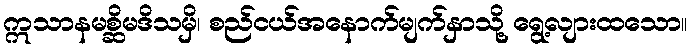
ဣသာနမစ္ဆိမဒိသမှိ၊ စည်ငယ်အနောက်မျက်နှာသို့ ရွေ့လျားထသော။